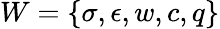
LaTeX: W=\{ \sigma,\epsilon,w,c,q\}